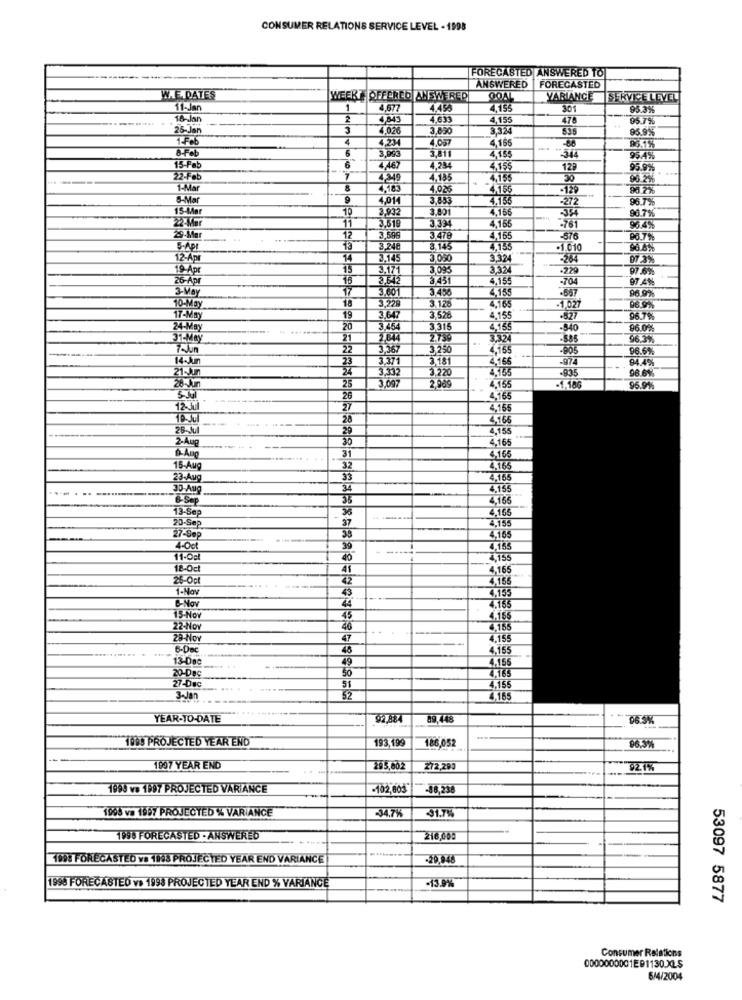
CONSUMER RELATIONS SERVICE LEVEL - 1998
FORECASTED ANSWERED TO
FORECASTED
ANSWERED
N.E.DATES
WEERTOFFERED ANSWERED
GOAL
VARIANCE
SERVICELEVEL
11-Jan
1
4.677
4,45
4,155
301
95.3%
16-Jan
2
4,843
4,633
4,155
470
95.7%
25-Jan
3
4,026
3,850
3324
95.9%
1-Feb
4
4,234
4.057
8-Fob
5
4,155
-80
96.1%
95.4%
15-Feb
6
4 467
4,25
4,15$
12
95.9%
22-Feb
7
4,349
4,185
4,155
30
96.2%
1-Mar
8
4.026
4,155
-129
96 2%
8-Mar
4,01
3.653
4.155
272
96.7%
15-Mar
3,932
3,801
4.166
27 Mar
11
3.618
3334
4 166
96.7%
-781
96.4%
29-Mgr
12
3.596
3.478
4,155
-676
96.7%
S-API
13
3.248
8,145
4.15
-1.010
12-Apr
14
3.145
3.050
3.324
-264
07 3%
19.Apr
15
3.171
3.324
.229
26-Apr
15
3.431
4.15€
-704
97.4%
3- Way
17
3.601
3456
4,15
-667
18
3.126
4,165
96.9%
10-May
3,229
-1,021
17 MM
19
3,647
3.526
4,155
-827
96.7%
24-May
20
3.454
3.315
4.155
.940
96.0%%
31-May
21
7739
3324
96.3%
7~Jun
22
3,367
3.250
26155
96.6%
14Jun
23
3,371
3.181
4,165
.974
94.4%
21-J
24
3,332
3.220
-835
96.61%
5.00
20 Am
25
2909
2.155
-1,100
96.9%%
26
4.165
12-31
27
4,165
19-301
28
4,166
26-Jul
29
4,155
2-Aug
30
4,165
31
4,165
15-Aug
32
4.165
23.Aug
33
4,155
30-Aug
34
4.155
&- Sep
35
4165
13-Sep
36
4.155
20-Sep
37
4,155
27-Sop
4,165
4-0cl
39
4,155
4,155
18-Oct
41
4,165
26-Og
42
4,156
1-Nov
43
4,155
6-Nov
4,165
15-Nov
45
4.155
22-Nov
40
4.155
23-Nov
47
4,155
6-Dec
45
4.155
13-De
49
4.155
20-Dec
50
4,165
27-Dac
51
4,165
3-Jan
52
4.165
YEAR-TO-DATE
92,884
89 448
06.5%
1098 PROJECTED YEAR END
193,199
186,052
96,3%
1997 YEAR END
285,002
272,293
02.1%
1999 va 1997 PROJECTED VARIANCE
-102,803
-88,238
1998 va 1997 PROJECTED % VARIANCE
34.7%
31.7%
1998 FORECASTED · ANSWERED
216,000
1998 FORECASTED va 1945 PROJECTED YEAR END VARIANCE
-20.048
1998 FORECASTED vs 1998 PROJECTED YEAR END % VARIANCE
-13.9%
53097 5877
Consumer Relations
0000000001E91130.X0.5
6/4/2004